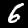
Digit: 6